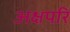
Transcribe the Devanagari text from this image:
अक्षपरि